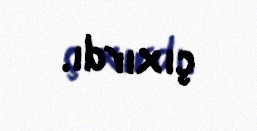
çıxırdı.